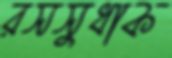
রসসুধাক